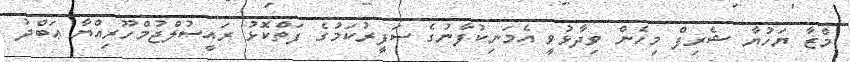
މްޒާ ޔަހުޔާ ޝެރިފް މިހެން ވިދާޅުވީ އެމަނިކުފާނުގެ ސަފީރުކަމުގެ ފަތްކޮޅު ރައީސުލްޖުމްހޫރިއްޔާ ޢަބްދު